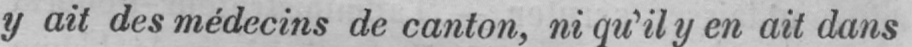
y ait des médecins de canton, ni qu’il y en ait dans